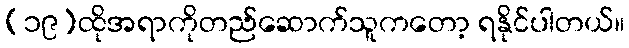
(၁၉)ထိုအရာကိုတည်ဆောက်သူကတော့ ရနိုင်ပါတယ်။